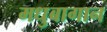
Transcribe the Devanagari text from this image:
मधुबागान